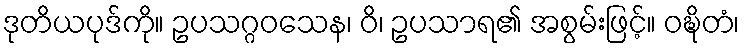
ဒုတိယပုဒ်ကို။ ဥပသဂ္ဂဝသေန၊ ဝိ၊ ဥပသာရ၏ အစွမ်းဖြင့်။ ဝဍ္ဎိတံ၊